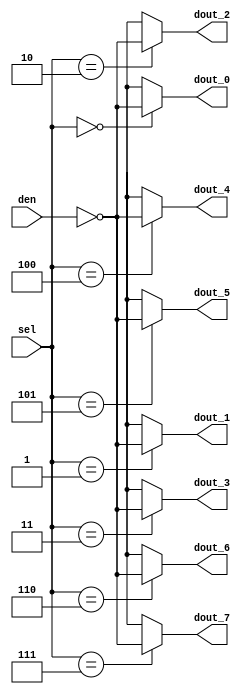
`timescale 1ns/10ps

// 1x8 demux
module demultiplexer(
    den,
    sel,
    dout_0,
    dout_1,
    dout_2,
    dout_3,
    dout_4,
    dout_5,
    dout_6,
    dout_7
);

input den;
input [2:0] sel;

output reg dout_0;
output reg dout_1;
output reg dout_2;
output reg dout_3;
output reg dout_4;
output reg dout_5;
output reg dout_6;
output reg dout_7;

always @(*) begin
    case (sel)
        3'b000 : begin
            dout_0 = ~den;
            dout_1 = 1'bx;
            dout_2 = 1'bx;
            dout_3 = 1'bx;
            dout_4 = 1'bx;
            dout_5 = 1'bx;
            dout_6 = 1'bx;
            dout_7 = 1'bx;
        end

        3'b001 : begin
            dout_0 = 1'bx;
            dout_1 = ~den;
            dout_2 = 1'bx;
            dout_3 = 1'bx;
            dout_4 = 1'bx;
            dout_5 = 1'bx;
            dout_6 = 1'bx;
            dout_7 = 1'bx;
        end

        3'b010 : begin
            dout_0 = 1'bx;
            dout_1 = 1'bx;
            dout_2 = ~den;
            dout_3 = 1'bx;
            dout_4 = 1'bx;
            dout_5 = 1'bx;
            dout_6 = 1'bx;
            dout_7 = 1'bx;
        end

        3'b011 : begin
            dout_0 = 1'bx;
            dout_1 = 1'bx;
            dout_2 = 1'bx;
            dout_3 = ~den;
            dout_4 = 1'bx;
            dout_5 = 1'bx;
            dout_6 = 1'bx;
            dout_7 = 1'bx;
        end

        3'b100 : begin
            dout_0 = 1'bx;
            dout_1 = 1'bx;
            dout_2 = 1'bx;
            dout_3 = 1'bx;
            dout_4 = ~den;
            dout_5 = 1'bx;
            dout_6 = 1'bx;
            dout_7 = 1'bx;
        end

        3'b101 : begin
            dout_0 = 1'bx;
            dout_1 = 1'bx;
            dout_2 = 1'bx;
            dout_3 = 1'bx;
            dout_4 = 1'bx;
            dout_5 = ~den;
            dout_6 = 1'bx;
            dout_7 = 1'bx;        
        end

        3'b110 : begin
            dout_0 = 1'bx;
            dout_1 = 1'bx;
            dout_2 = 1'bx;
            dout_3 = 1'bx;
            dout_4 = 1'bx;
            dout_5 = 1'bx;
            dout_6 = ~den;
            dout_7 = 1'bx;
        end

        3'b111 : begin
            dout_0 = 1'bx;
            dout_1 = 1'bx;
            dout_2 = 1'bx;
            dout_3 = 1'bx;
            dout_4 = 1'bx;
            dout_5 = 1'bx;
            dout_6 = 1'bx;
            dout_7 = ~den;
        end

        default : begin
            dout_0 = 1'bx;
            dout_1 = 1'bx;
            dout_2 = 1'bx;
            dout_3 = 1'bx;
            dout_4 = 1'bx;
            dout_5 = 1'bx;
            dout_6 = 1'bx;
            dout_7 = 1'bx;
        end
    endcase
end

endmodule